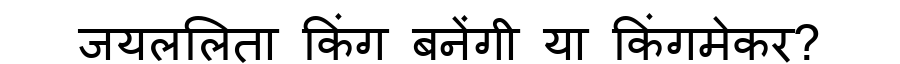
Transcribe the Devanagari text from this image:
जयललिता किंग बनेंगी या किंगमेकर?